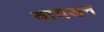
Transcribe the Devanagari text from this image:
वायडन